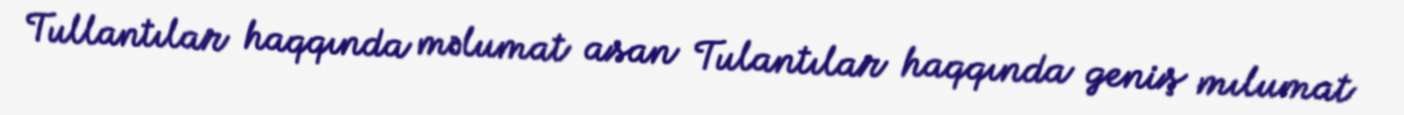
Tullantılar haqqında məlumat asan Tulantılar haqqında geniş mılumat